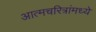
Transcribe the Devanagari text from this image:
आत्मचरित्रांमध्ये